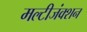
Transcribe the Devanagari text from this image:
मल्टीजंक्शन